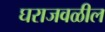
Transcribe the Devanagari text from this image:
घराजवळील